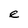
Character: e